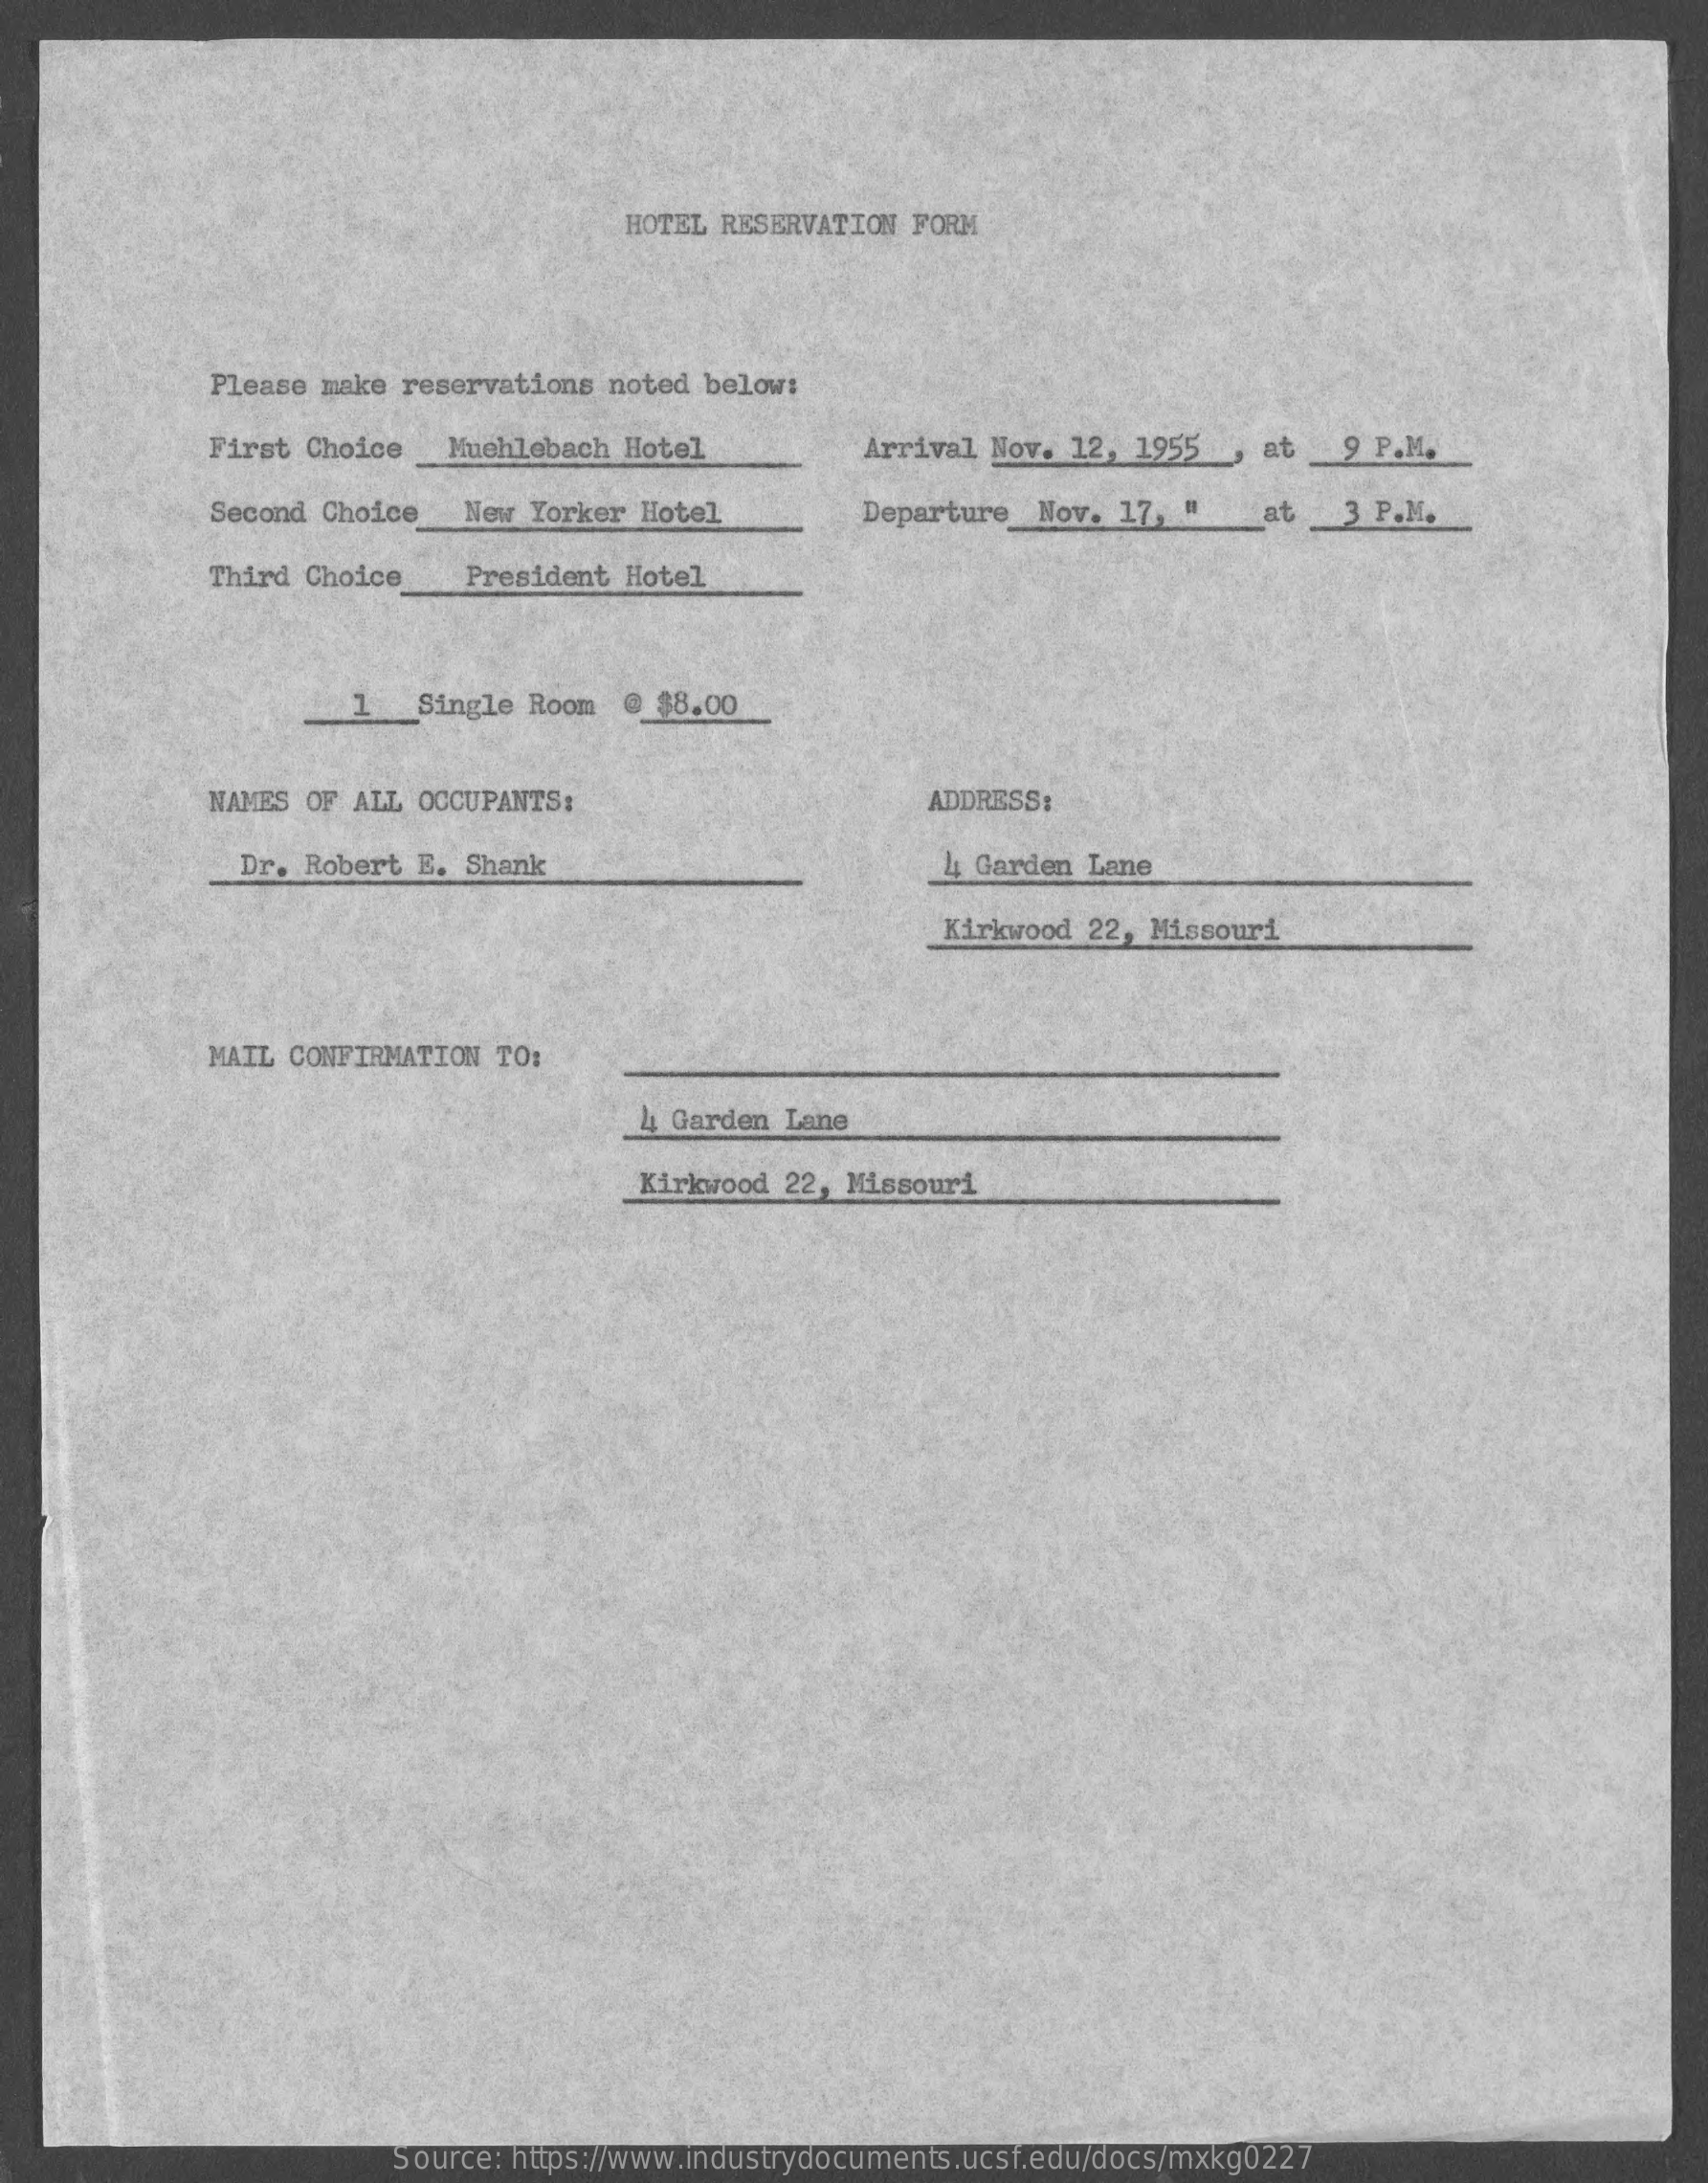
HOTEL RESERVATION  FORM
     Please make reservations noted below:
     First Choice   Muehlebach Hotel    Arrival Nov. 12, 1955  , at   9 P.M.
     Second Choice   New Yorker Hotel    Departure  Nov. 17, "    at   3 P.M.
     Third Choice    President Hotel
     1   Single Room  @ $8.00
     NAMES  OF ALL OCCUPANTS:    ADDRESS:
     Dr. Robert E. Shank    4, Garden Lane
     Kirkwood 22, Missouri
     MAIL CONFIRMATION  TO:
     4 Garden  Lane
     Kirkwood  22, Missouri
     Source: https://www.industrydocuments.ucsf.edu/docs/mxkg0227